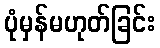
ပုံမှန်မဟုတ်ခြင်း